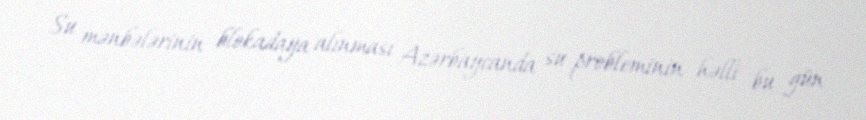
Su mənbələrinin blokadaya alınması Azərbaycanda su probleminin həlli bu gün